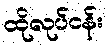
ထိုလုပ်ငန်း